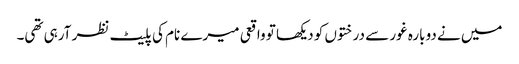
میں نے دوبارہ غور سے درختوں کو دیکھا تو واقعی میرے نام کی پلیٹ نظر آرہی تھی۔